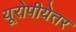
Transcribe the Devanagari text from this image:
यूरोपीयेतर